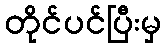
တိုင်ပင်ပြီးမှ